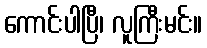
ကောင်းပါပြီ၊ လူကြီးမင်း။